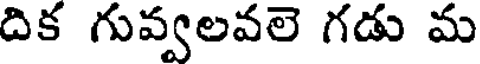
దిక గువ్వలవలె గడు మ